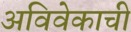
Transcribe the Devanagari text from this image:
अविवेकाची